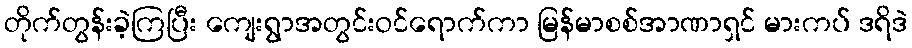
တိုက်တွန်းခဲ့ကြပြီး ကျေးရွာအတွင်းဝင်ရောက်ကာ မြန်မာစစ်အာဏာရှင် မားကပ် ဒရိဒဲ